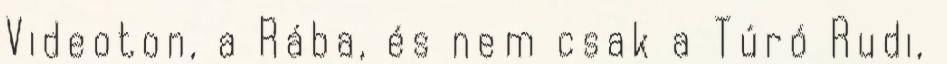
Videoton, a Rába, és nem csak a Túró Rudi,